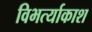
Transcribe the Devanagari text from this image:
विभर्त्याकाश